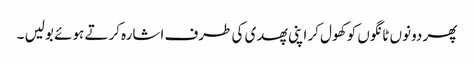
پھر دونوں ٹانگوں کو کھول کر اپنی پھدی کی طرف اشارہ کرتے ہوئے بولیں ۔